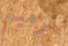
ترميم